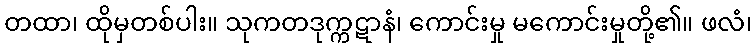
တထာ၊ ထိုမှတစ်ပါး။ သုကတဒုက္ကဋာနံ၊ ကောင်းမှု မကောင်းမှုတို့၏။ ဖလံ၊